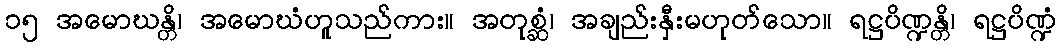
၁၅ အမောဃန္တိ၊ အမောဃံဟူသည်ကား။ အတုစ္ဆံ၊ အချည်းနှီးမဟုတ်သော။ ရဋ္ဌပိဏ္ဍန္တိ၊ ရဋ္ဌပိဏ္ဍံ